Leaving Certificate, 1900
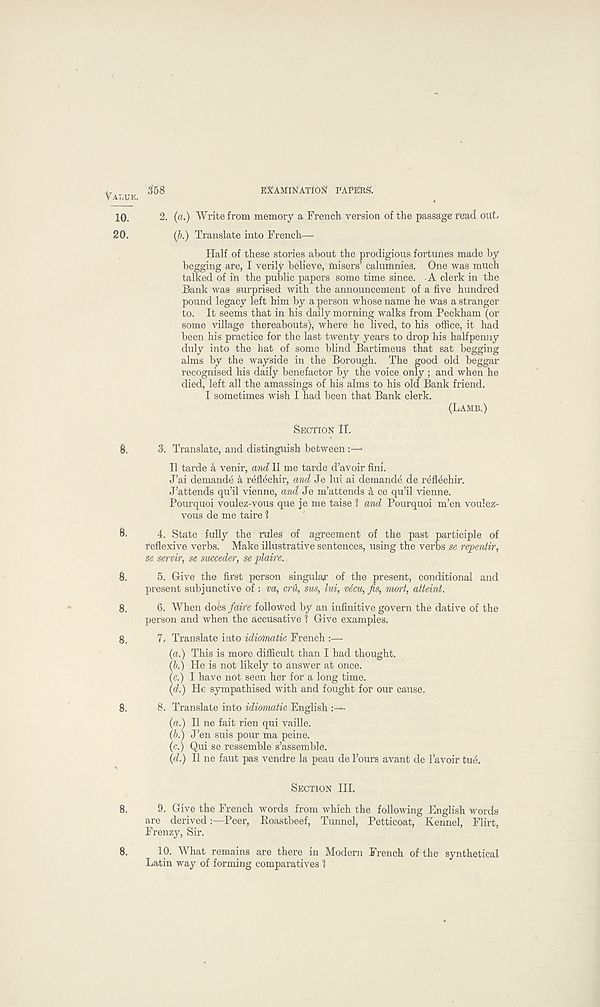
EXAMIlSfATfoft PAPERS.
(a.) Write from memory a French version of the passage read out.
(b.) Translate into French—
Half of these stories about the prodigious fortunes made by
begging are, I verily believe, fnisers’ calumnies. One was much
talked of in the public papers some time since. -A clerk in the
Bank was surprised with the announcement of a five hundred
pound legacy left him by a person whose name he was a stranger
to. It seems that in his daily morning walks from Peckham (or
some village thereabouts), where he lived, to his office, it had
been his practice for the last twenty years to drop his halfpenny
duly into the bat of some blind Bartimeus that sat begging
alms by the wayside in the Borough. The good old beggar
recognised his daily benefactor by the voice only; and when he
died, left all the amassings of his alms to his old Bank friend.
I sometimes wish I had been that Bank clerk.
(LAMB.)
SECTION II.
Translate, and distinguish between:—■
II tarde 4 venir, and II me tarde d’avoir fini.
J’ai demande 4 reflechir, and Je lui ai demands de reflechir.
J’attends qu’il vienne, and Je m’attends 4 ce qufil vienne.
Pourquoi voulez-vous que je me taise ? and Pourquoi m’en voulez-
vous de me taire ?
8.
4. State fully the rules of agreement of the past participle of
reflexive verbs. Make illustrative sentences, using the verbs se repentir,
se servir, se succeder, se plaire.
6.
5. Give the first person singular of the present, conditional and
present subjunctive of ; va, crd, sus, lui, vicu, fis, mart, atteint,
8.
6. When does faire followed by an infinitive govern the dative of the
person and when the accusative 1 Give examples.
8,
7. Translate into idiomatic French :—
(a.) This is more difficult than I had thought.
(b.) He is not likely to answer at once.
(c.) I have not seen her for a long time.
(d.) Ho sympathised with and fought for our cause.
8.
8. Translate into idiomatic English
(a.) II ne fait rien qui vaille.
(6.) J’en suis pour ma peine.
(c.) Qui se ressemble s’assemble.
{d.) II ne faut pas vendre la peau de Tours avant de Tavoir tue.
SECTION HI.
8.
9. Give the French words from which the following English words
are derived:—Peer, Roastbeef, Tunnel, Petticoat, Kennel, Flirt,
Frenzy, Sir.
8.
10. What remains are there in Modern French of the synthetical
Latin way of forming comparatives ?
358
10.
20.